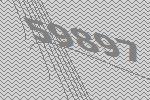
59897